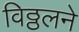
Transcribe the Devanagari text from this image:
विठ्ठलने